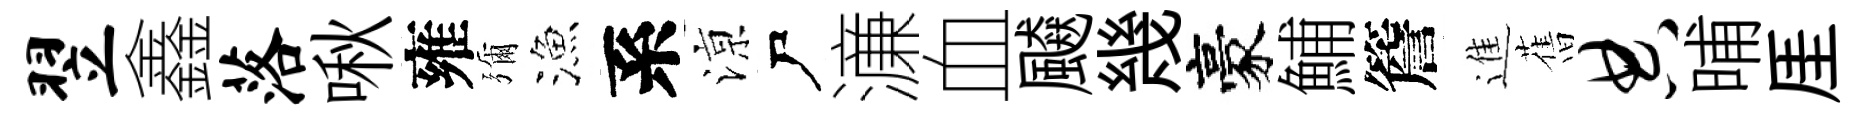
翌鑫落啾雍彌漁系鿌尸濓血飇幾豪鯆簷進𦾔典晡厓